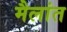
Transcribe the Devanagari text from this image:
मैलांत